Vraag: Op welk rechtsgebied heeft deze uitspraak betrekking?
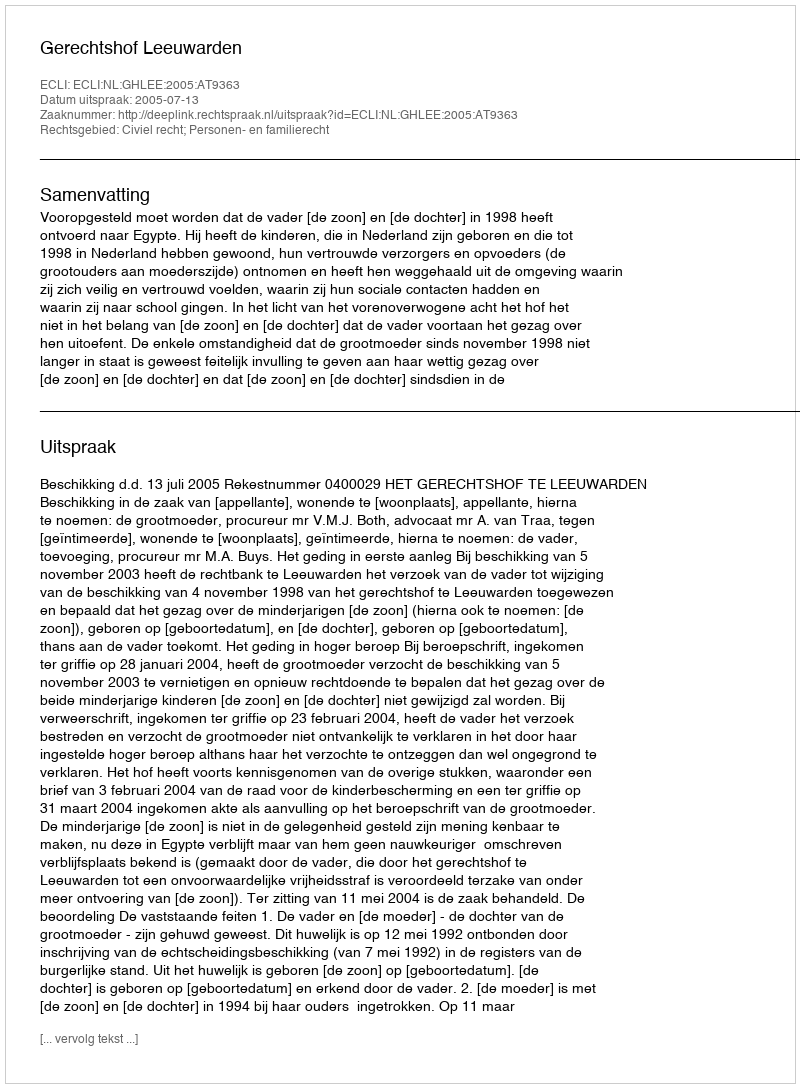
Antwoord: Civiel recht; Personen- en familierecht